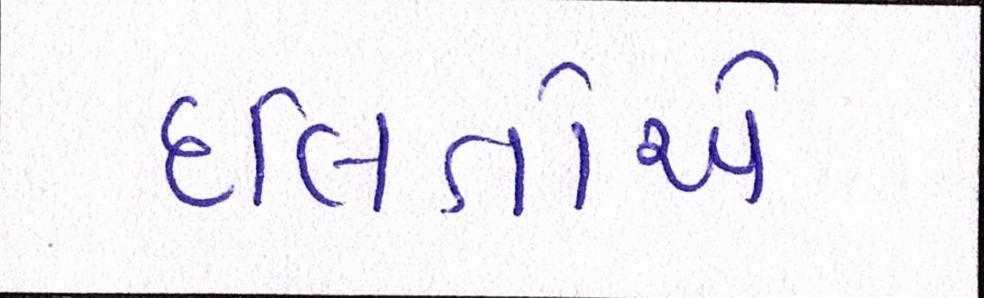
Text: દલિતોએ